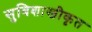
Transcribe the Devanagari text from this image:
सुविशाखीकृत